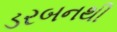
ડરબનથી